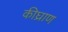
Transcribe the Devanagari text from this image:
कीघ्राण